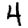
Digit: 4